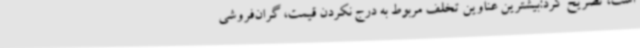
است، تصریح کرد:بیشترین عناوین تخلف مربوط به درج نکردن قیمت، گران‌فروشی